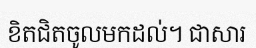
ខិតជិតចូលមកដល់។ ជាសារ